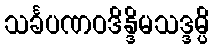
သင်္ခပဏဝဒိန္ဒိမသဒ္ဒမ္ပိ